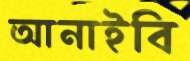
আনাইবি